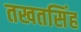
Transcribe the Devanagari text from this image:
तखतसिंह